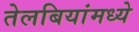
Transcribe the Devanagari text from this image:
तेलबियांमध्ये